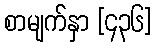
စာမျက်နှာ [၄၃၆]